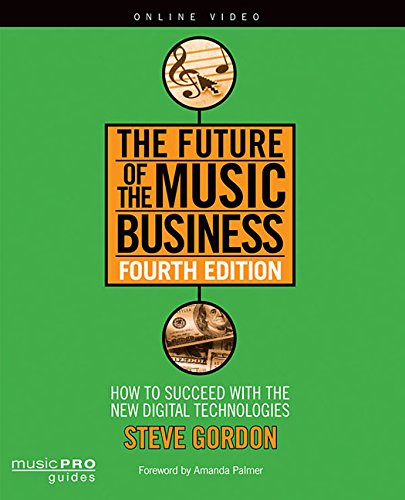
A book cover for The Future of the Music Business: How to Succeed with the New Digital Technologies, Fourth Edition (Music Pro Guides); Steve Gordon; Arts & Photography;